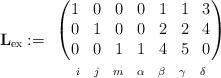
LaTeX: \begin{align*}\mathbf{L}_{\mathrm{ex}}:=\begin{array}{c}\begin{pmatrix}1 & 0 & 0 & 0 & 1 & 1 & 3\\0 & 1 & 0 & 0 & 2 & 2 & 4\\0 & 0 & 1 & 1 & 4 & 5 & 0\end{pmatrix} \\ \begin{array}{ccccccc}{\scriptstyle i} & {\scriptstyle j} & {\scriptstyle m} & {\scriptstyle \alpha} & {\scriptstyle \beta} & {\scriptstyle \gamma} & {\scriptstyle \delta}\end{array}\end{array}\end{align*}